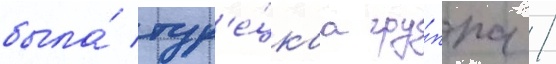
была́ тур'е́цкаа гру́ппа /